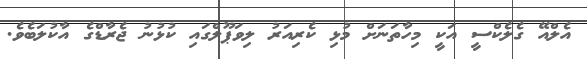
އެލްއޭ ގެލެކްސީ އަކީ މިހާތަނަށް މުޅި ކެރިއަރު ލިވަޕޫލްގައި ކުޅުނު ޖެރާޑްގެ އާކުލަބެވެ.